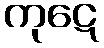
ကုဋေ